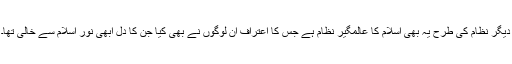
دیگر نظام کی طرح یہ بھی اسلام کا عالمگیر نظام ہے جس کا اعتراف ان لوگوں نے بھی کیا جن کا دل ابھی نور اسلام سے خالی تھا۔